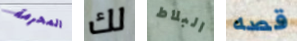
المحرمة لك البلاط قصه